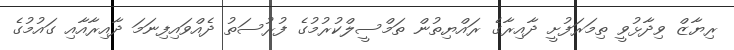
ރިޔާޒް ވިދާޅުވީ ތިމަރަފުށީ ދާއިރާގެ ރައްޔިތުން ތަމްސީލްކުރުމުގެ ފުރުސަތު ދެއްވައިފިނަމަ ދާއިރާއާއި ގައުމުގެ